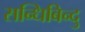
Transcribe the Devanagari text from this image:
सन्धिबिन्दु